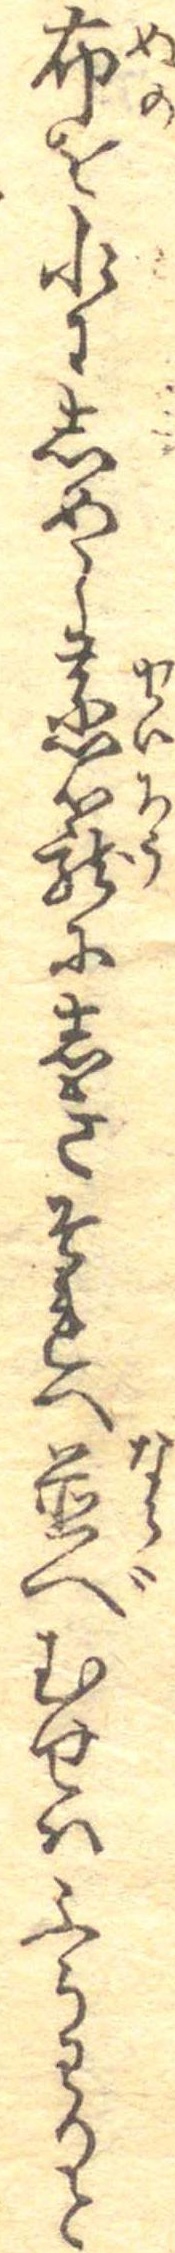
布を水にしめし蒸篭にしきそれへ並べむせはふうわりと